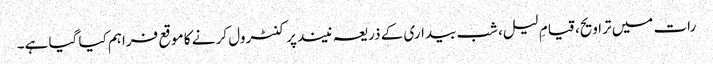
رات میں تراویح، قیامِ لیل، شب بیداری کے ذریعہ نیند پر کنٹرول کر نے کا موقع فراہم کیا گیا ہے۔